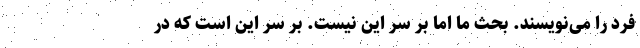
فرد را می‌نویسند. بحث ما اما بر سر این نیست. بر سر این است که در